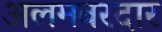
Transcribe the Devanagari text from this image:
अलमबरदार